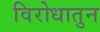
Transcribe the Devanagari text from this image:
विरोधातुन